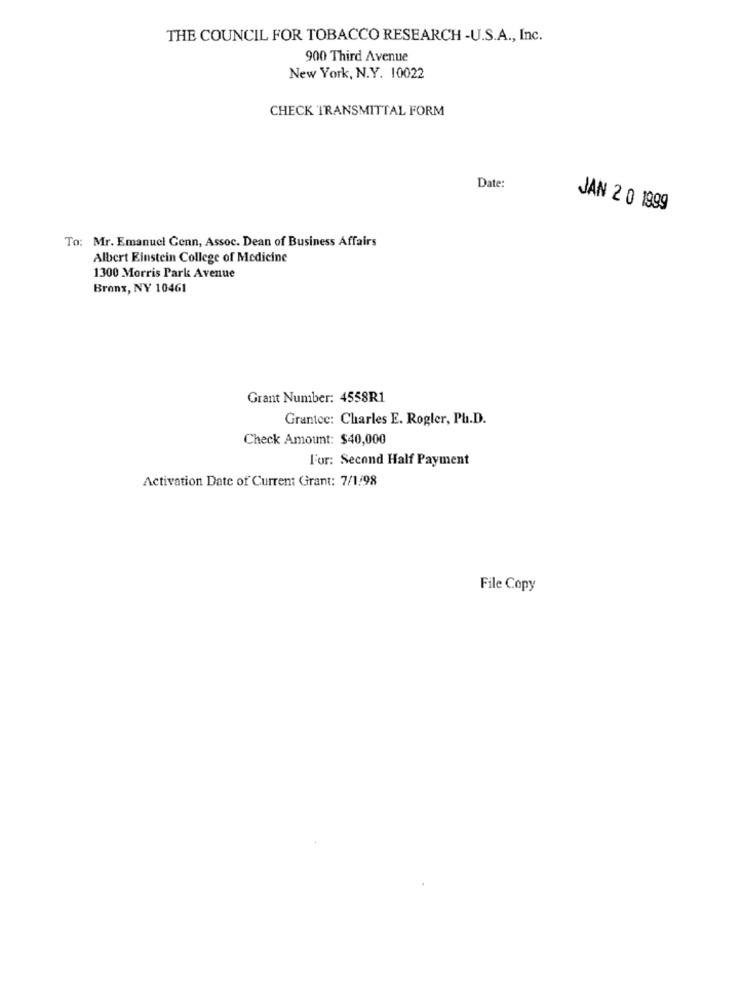
THE COUNCIL FOR TOBACCO RESEARCH -U.S.A ., Inc.
900 Third Avenue
New York, N.Y. 10022
CHECK TRANSMITTAL FORM
Date:
JAN 2 0 1999
To: Mr. Emanuel Genn, Assoc. Dean of Business Affairs
Albert Einstein College of Medicine
1300 Morris Park Avenue
Brons, NY 10461
Grant Number: 4558R1
Grantee: Charles E. Rogler, Ph.D.
Check Amount: $40,000
For: Second Half Payment
Activation Date of Current Grant: 7/1.98
File Copy